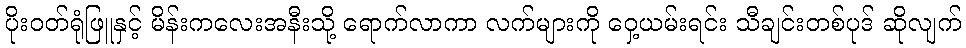
ပိုးဝတ်ရုံဖြူနှင့် မိန်းကလေးအနီးသို့ ရောက်လာကာ လက်များကို ဝှေ့ယမ်းရင်း သီချင်းတစ်ပုဒ် ဆိုလျက်